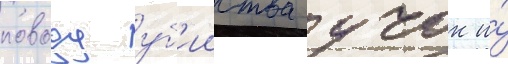
поводу уб'ииства учок и́